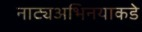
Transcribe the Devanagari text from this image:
नाट्यअभिनयाकडे